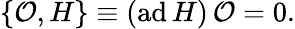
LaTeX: \{ {\cal O},H\} \equiv(\mathrm{ad}\, H)\, {\cal O}=0.